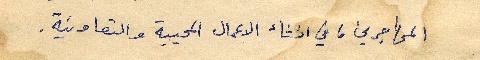
المهاجرين، في انشاء الاعمال المحيية والتعاونية.